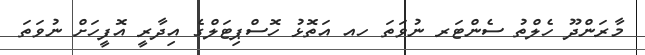
މާރަންދޫ ހެލްތު ސެންޓަރ ނުވަތަ ހއ އަތޮޅު ހޮސްޕިޓަލްގެ އިދާރީ އޮފީހަށް ނުވަތަ